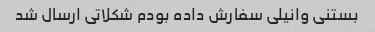
بستنی وانیلی سفارش داده بودم شکلاتی ارسال شد